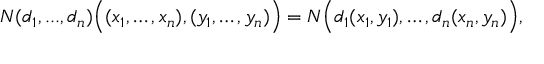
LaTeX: N ( d _ { 1 } , . . . , d _ { n } ) { \Big ( } ( x _ { 1 } , \ldots , x _ { n } ) , ( y _ { 1 } , \ldots , y _ { n } ) { \Big ) } = N { \Big ( } d _ { 1 } ( x _ { 1 } , y _ { 1 } ) , \ldots , d _ { n } ( x _ { n } , y _ { n } ) { \Big ) } ,